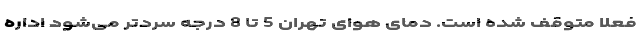
فعلا متوقف شده است. دمای هوای تهران 5 تا 8 درجه سردتر می‌شود اداره